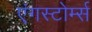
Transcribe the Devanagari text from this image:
एंगस्टोर्म्स